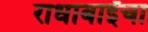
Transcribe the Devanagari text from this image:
राधाबाईंचा